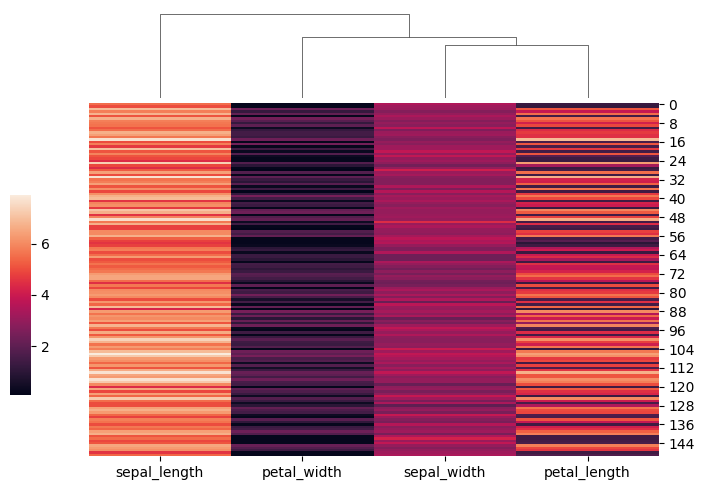
python, seaborn, clustermap, figsize=(7, 5), row_cluster=False, dendrogram_ratio=(0.1, 0.2), cbar_pos=(0, 0.2, 0.03, 0.4)